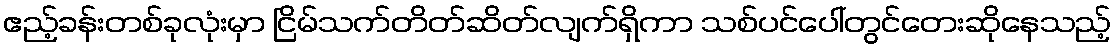
ဧည့်ခန်းတစ်ခုလုံးမှာ ငြိမ်သက်တိတ်ဆိတ်လျက်ရှိကာ သစ်ပင်ပေါ်တွင်တေးဆိုနေသည့်